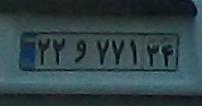
۲۲و۷۷۱۳۴